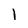
Character: I